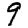
Digit: 9